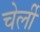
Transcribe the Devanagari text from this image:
चेर्ली